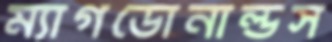
ম্যাগডোনাল্ডস